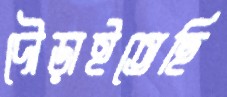
দৌড়াইতেছি